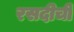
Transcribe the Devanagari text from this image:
रसदीची